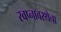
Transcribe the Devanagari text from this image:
स्वप्नावस्थेचा